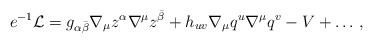
\begin{align*}e^{-1}{\cal L}= g_{\alpha \bar \beta }\nabla _\mu z^\alpha \nabla ^\mu z^{\bar \beta }+ h_{uv}\nabla _\mu q^u \nabla ^\mu q^v -V+\ldots \,, \end{align*}